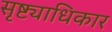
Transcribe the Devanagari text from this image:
सृष्ट्याधिकार